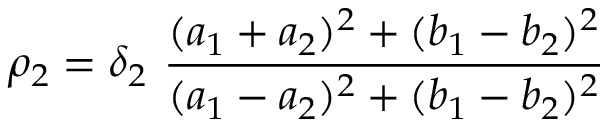
\rho _ { 2 } = \delta _ { 2 } \ \frac { ( a _ { 1 } + a _ { 2 } ) ^ { 2 } + ( b _ { 1 } - b _ { 2 } ) ^ { 2 } } { ( a _ { 1 } - a _ { 2 } ) ^ { 2 } + ( b _ { 1 } - b _ { 2 } ) ^ { 2 } }